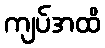
ကျပ်အထိ